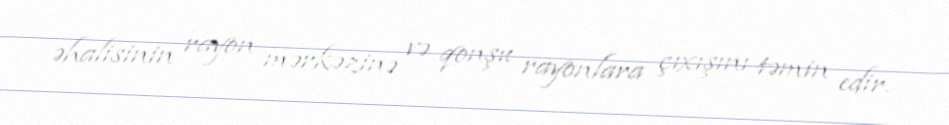
əhalisinin rayon mərkəzinə və qonşu rayonlara çıxışını təmin edir.